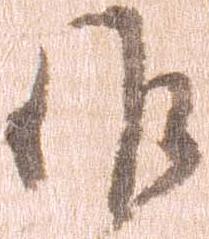
候